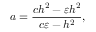
a = \frac { c h ^ { 2 } - \varepsilon h ^ { 2 } } { c \varepsilon - h ^ { 2 } } ,